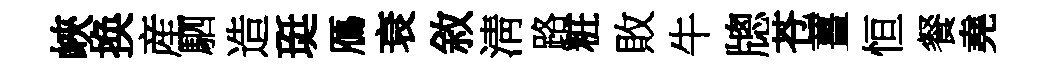
峽换産駟造珽鴈衰敘淸路粧敗牛牕苍薑恒餐堯